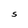
Character: S